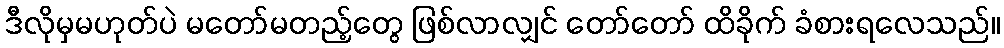
ဒီလိုမှမဟုတ်ပဲ မတော်မတည့်တွေ ဖြစ်လာလျှင် တော်တော် ထိခိုက် ခံစားရလေသည်။